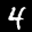
Label: 4